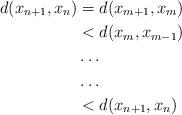
LaTeX: \begin{align*}d(x_{n+1},x_n) & = d(x_{m+1},x_m)\\& < d(x_m,x_{m-1})\\& \hdots\\& \hdots\\& < d(x_{n+1},x_n)\end{align*}